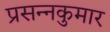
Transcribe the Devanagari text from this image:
प्रसन्‍नकुमार